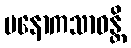
မနောကသာဝန္တိ